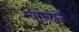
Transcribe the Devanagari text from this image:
न्यूरोलाजी